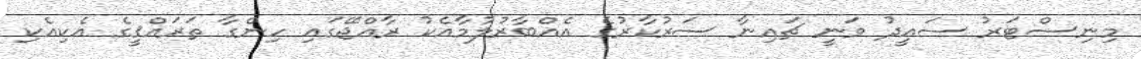
މިނިސްޓަރު ސައީދު ވަނީ ޗައިނާ ސަރުކާރުގެ އެއްބާރުލުމާއެކު ރާއްޖޭގައި ހިންގާ ތަރައްޤީގެ އެކިއެކި